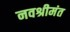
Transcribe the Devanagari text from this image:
नवश्रीमंत